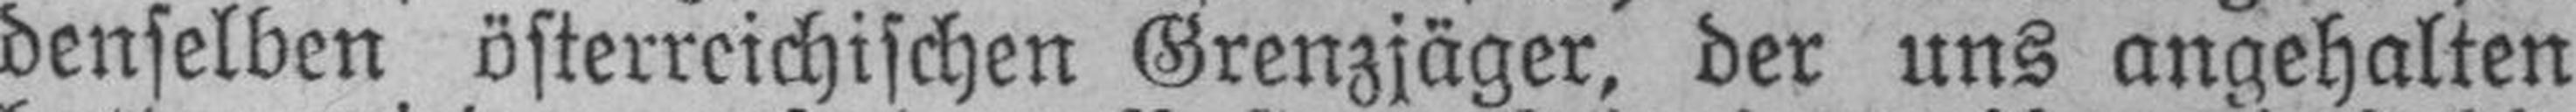
denselben österreichischen Grenzjäger, der uns angehalten